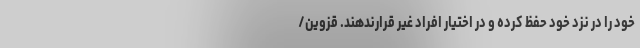
خود را در نزد خود حفظ کرده و در اختیار افراد غیر قرارندهند. قزوین/